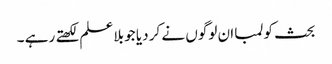
بحث کو لمبا ان لوگوں نے کر دیا جو بلا علم لکھتے رہے ۔